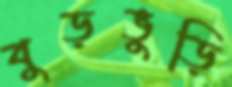
বুড়ভুড়ি